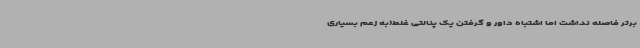
برتر فاصله نداشت اما اشتباه داور و گرفتن یک پنالتی غلط(به زعم بسیاری